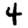
Digit: 4